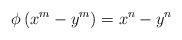
LaTeX: \begin{align*} \phi\left( x^m-y^m \right) =x^n-y^n\end{align*}